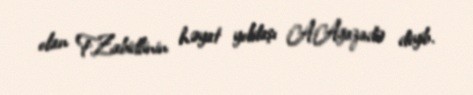
olan F.Zabidlinin həyat yoldaşı A.Ağazadə deyib.